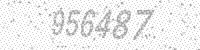
Solution: 956487